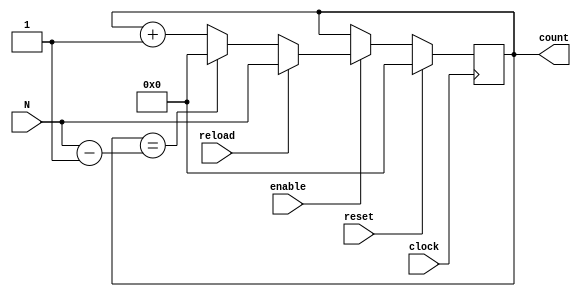
module ModuloN_Up_Counter (
    input wire clock,
    input wire reset,
    input wire enable,
    input wire reload,
    input wire [31:0] N,
    output reg [31:0] count
);

always @(posedge clock) begin
    if (reset)begin
        count <= 0;
    end else if (enable) begin
        if (reload)begin
            count <= N;
        end else begin
            if (count == N-1) begin
                count <= 0;
            end else begin
                count <= count + 1;
            end
        end
    end
end

endmodule